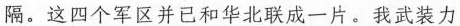
隔。这四个军区并已和华北联成一片。我武装力